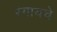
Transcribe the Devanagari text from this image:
रंगायचे